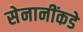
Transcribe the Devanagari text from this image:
सेनानींकडे